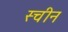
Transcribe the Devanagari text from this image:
स्चीन